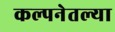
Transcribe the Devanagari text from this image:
कल्पनेतल्या